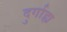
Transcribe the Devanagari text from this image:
दुर्गाह्य